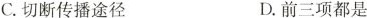
C.切断传播途径 D.前三项都是